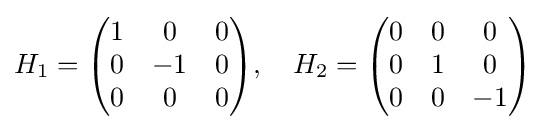
H_{1}={\begin{pmatrix}1&0&0\\0&-1&0\\0&0&0\end{pmatrix}},\quad H_{2}={\begin{pmatrix}0&0&0\\0&1&0\\0&0&-1\end{pmatrix}}